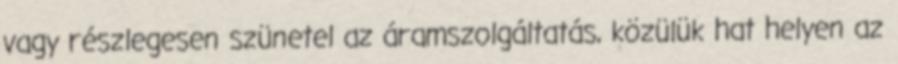
vagy részlegesen szünetel az áramszolgáltatás, közülük hat helyen az